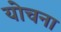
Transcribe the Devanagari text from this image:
योचना